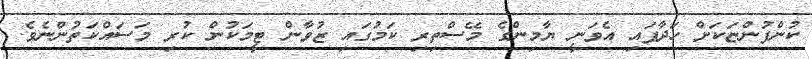
ކުންފުންޏަކަށް ހަދާފައި އެވަނީ ޔާމިންގެ މޭސްތިރި ކަމުގައި ޒުވާން ޓީމަކުން ކުރި މަސައްކަތުންނެވެ.